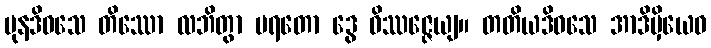
ပုနဒိဝသေ တိဿော လဘိတွာ ပရတော ဒွေ ဝိဿဇ္ဇေယျ။ တတိယဒိဝသေ အာဒိမှိယေဝ